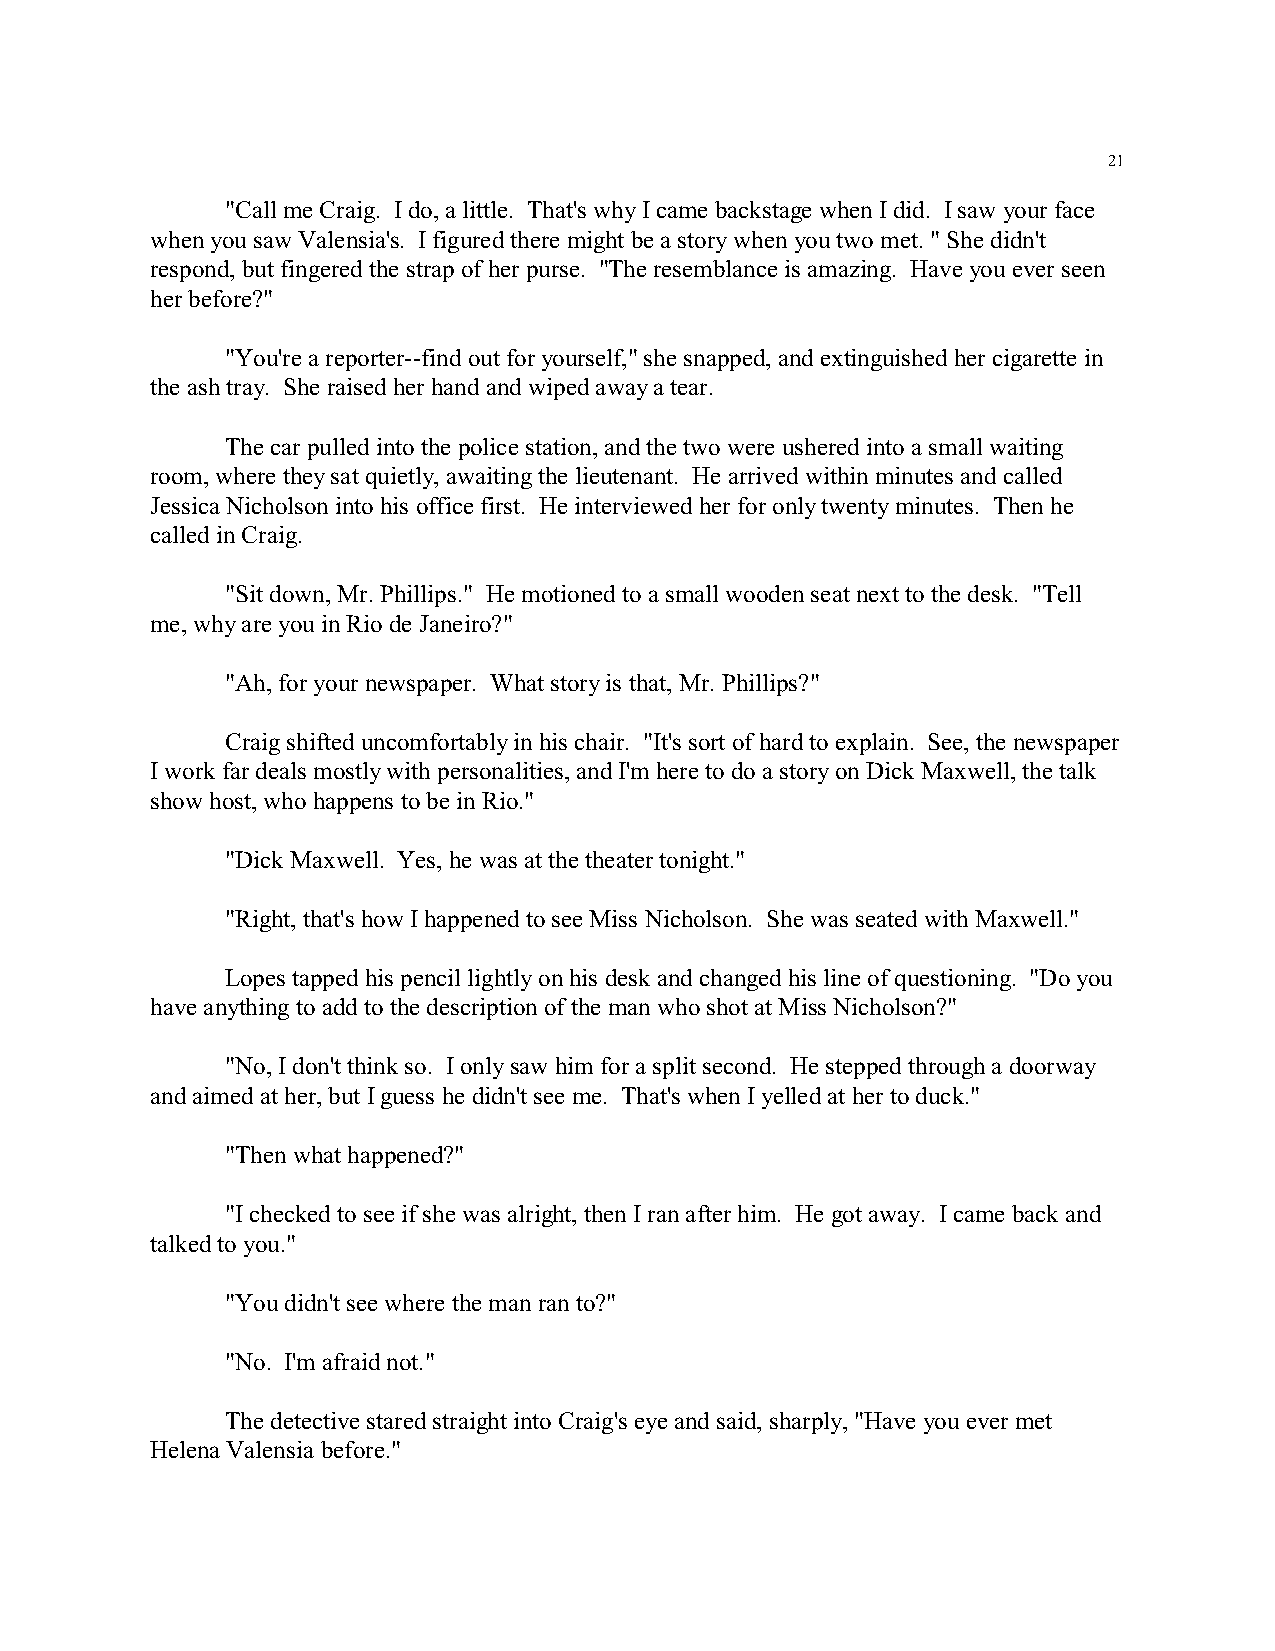
21
 "Call me Craig. I do, a little. That's why I came backstage when I did. I saw your face
 when you saw Valensia's. I figured there might be a story when you two met. " She didn't
 respond, but fingered the strap of her purse. "The resemblance is amazing. Have you ever seen
 her before?"
 "You're a reporter--find out for yourself," she snapped, and extinguished her cigarette in
 the ash tray. She raised her hand and wiped away a tear.
 The car pulled into the police station, and the two were ushered into a small waiting
 room, where they sat quietly, awaiting the lieutenant. He arrived within minutes and called
 Jessica Nicholson into his office first. He interviewed her for only twenty minutes. Then he
 called in Craig.
 "Sit down, Mr. Phillips." He motioned to a small wooden seat next to the desk. "Tell
 me, why are you in Rio de Janeiro?"
 "Ah, for your newspaper. What story is that, Mr. Phillips?"
 Craig shifted uncomfortably in his chair. "It's sort of hard to explain. See, the newspaper
 I work far deals mostly with personalities, and I'm here to do a story on Dick Maxwell, the talk
 show host, who happens to be in Rio."
 "Dick Maxwell. Yes, he was at the theater tonight."
 "Right, that's how I happened to see Miss Nicholson. She was seated with Maxwell."
 Lopes tapped his pencil lightly on his desk and changed his line of questioning. "Do you
 have anything to add to the description of the man who shot at Miss Nicholson?"
 "No, I don't think so. I only saw him for a split second. He stepped through a doorway
 and aimed at her, but I guess he didn't see me. That's when I yelled at her to duck."
 "Then what happened?"
 "I checked to see if she was alright, then I ran after him. He got away. I came back and
 talked to you."
 "You didn't see where the man ran to?"
 "No. I'm afraid not."
 The detective stared straight into Craig's eye and said, sharply, "Have you ever met
 Helena Valensia before."